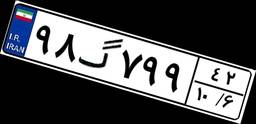
۹۸گ۷۹۹۴۲